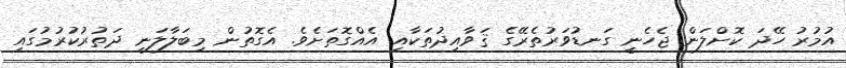
އުމުރު ހޭދަ ކޮށްލަން ޖެހެނީ ގަނޑުވަރުތެރޭގެ ޤަވާއިދުތަކާއި އެއްގޮތަށެވެ. އެގޮތުން މިބަލާލަނީ ދަތުރުކުރުމުގައި